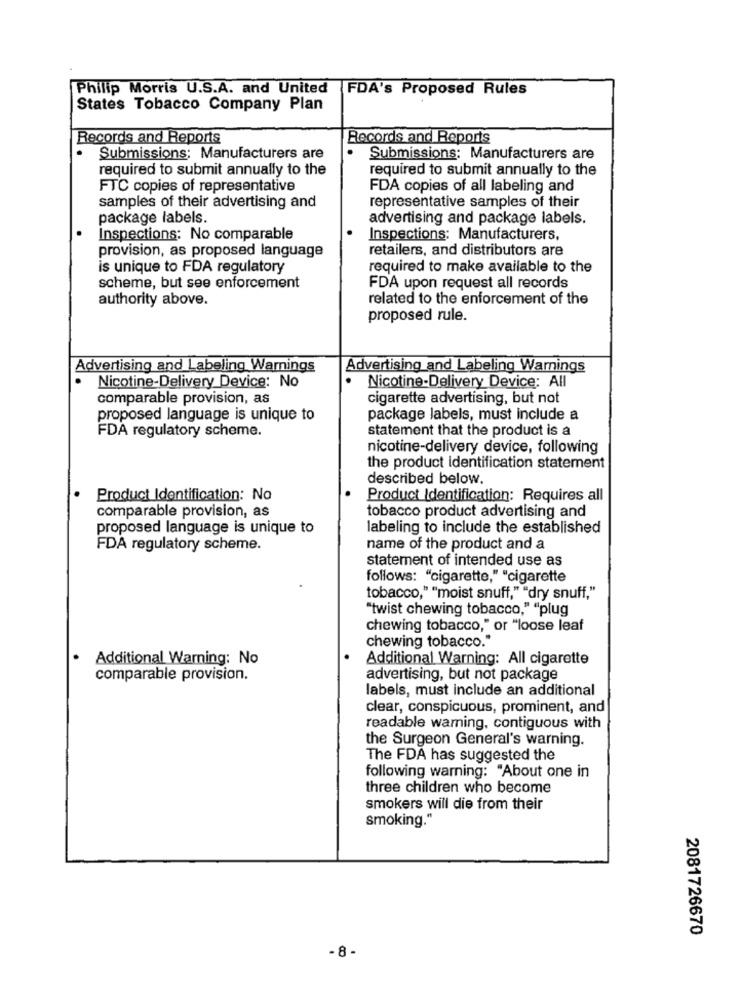
Philip Morris U.S.A. and United
FDA's Proposed Rules
States Tobacco Company Plan
Records and Reports
Records and Reports
Submissions: Manufacturers are
Submissions: Manufacturers are
required to submit annually to the
required to submit annually to the
FTC copies of representative
FDA copies of all labeling and
representative samples of their
samples of their advertising and
package labels.
advertising and package labels.
Inspections: No comparable
Inspections: Manufacturers,
provision, as proposed language
retailers, and distributors are
is unique to FDA regulatory
required to make available to the
scheme, but see enforcement
FDA upon request all records
authority above.
related to the enforcement of the
proposed rule.
Advertising and Labeling Warnings
Advertising and Labeling Warnings
. Nicotine-Delivery Device: No
Nicotine-Delivery Device: All
comparable provision, as
cigarette advertising, but not
proposed language is unique to
package labels, must include a
FDA regulatory scheme.
statement that the product is a
nicotine-delivery device, following
the product identification statement
described below.
·
Product Identification: No
Product Identification: Requires all
comparable provision, as
tobacco product advertising and
proposed language is unique to
labeling to include the established
FDA regulatory scheme.
name of the product and a
statement of intended use as
follows: "cigarette," "cigarette
tobacco," "moist snuff," "dry snuff,"
"twist chewing tobacco," "plug
chewing tobacco," or "loose leaf
chewing tobacco."
Additional Warning: No
Additional Warning: All cigarette
comparable provision.
advertising, but not package
labels, must include an additional
clear, conspicuous, prominent, and
readable warning, contiguous with
the Surgeon General's warning.
The FDA has suggested the
following warning: "About one in
three children who become
smokers will die from their
smoking."
2081726670
-8